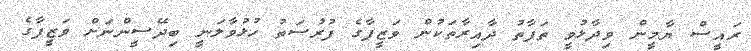
ރައީސް ޔާމީން ވިދާޅުވީ ތަފާތު ދާއިރާތަކުން ވަޒީފާގެ ފުރުސަތު ހުޅުވާލަނީ ބިދޭސީންނަށް ވަޒީފާގެ